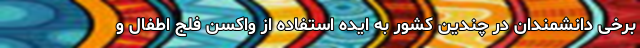
برخی دانشمندان در چندین کشور به ایده استفاده از واکسنِ فلج اطفال و